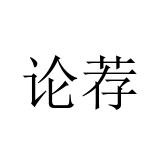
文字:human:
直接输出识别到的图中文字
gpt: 论荐